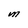
Character: M